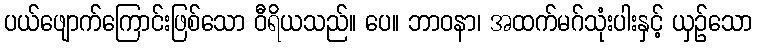
ပယ်ဖျောက်ကြောင်းဖြစ်သော ဝီရိယသည်။ ပေ။ ဘာဝနာ၊ အထက်မဂ်သုံးပါးနှင့် ယှဉ်သော